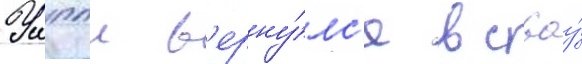
Уиппл в'ерну́лс'я в своу́